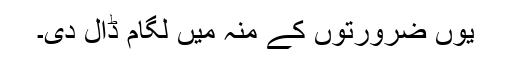
یوں ضرورتوں کے منہ میں لگام ڈال دی۔